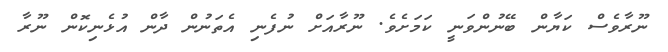
ނޫރާވެސް ކަޔާން ބޭނުންވަނީ ކަމަށެވެ. ނޫރާއަށް ނުފެނި އެތަނުން ދާން އުޅެނިކޮން ނޫރާ